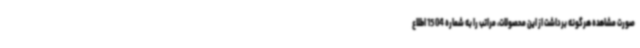
صورت مشاهده هرگونه برداشت از این محصولات، مراتب را به شماره 1504 اطلاع